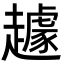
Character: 䟊